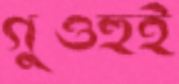
গুওহুই